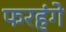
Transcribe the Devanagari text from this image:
फरहंगे